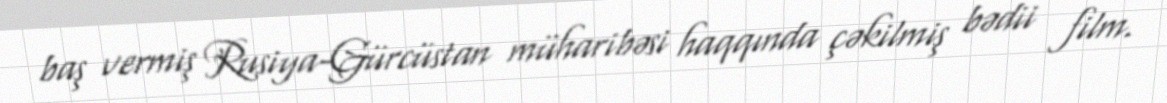
baş vermiş Rusiya-Gürcüstan müharibəsi haqqında çəkilmiş bədii film.